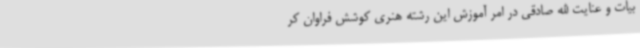
بیات و عنایت الله صادقی در امر آموزش این رشته هنری کوشش فراوان کر